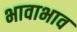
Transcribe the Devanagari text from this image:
भावाभाव